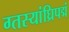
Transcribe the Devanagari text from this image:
ग्तस्यांघ्रिपद्मं